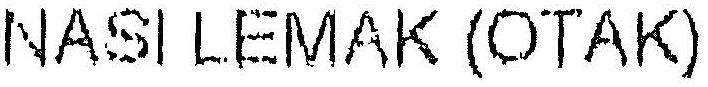
NASI LEMAK (OTAK)